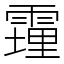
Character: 䨪